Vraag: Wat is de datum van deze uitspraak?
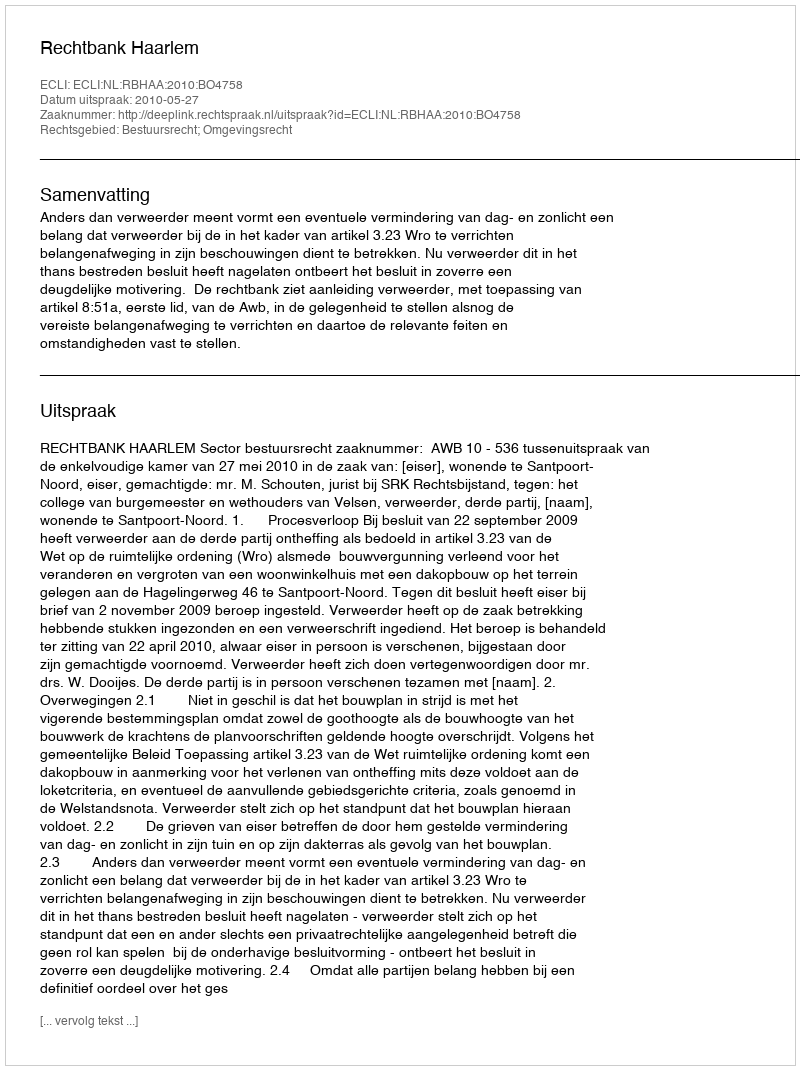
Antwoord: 2010-05-27